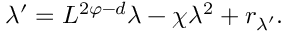
\lambda ^ { \prime } = L ^ { 2 \varphi - d } \lambda - \chi \lambda ^ { 2 } + r _ { \lambda ^ { \prime } } .